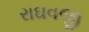
રાઘવજી